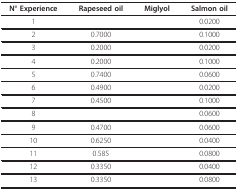
<table><thead><tr><td><b>N° Experience</b></td><td><b>Rapeseed oil</b></td><td><b>Miglyol</b></td><td><b>Salmon oil</b></td></tr></thead><tbody><tr><td>1</td><td>[EMPTY_CELL]</td><td>[EMPTY_CELL]</td><td>0.0200</td></tr><tr><td>2</td><td>0.7000</td><td>[EMPTY_CELL]</td><td>0.1000</td></tr><tr><td>3</td><td>0.2000</td><td>[EMPTY_CELL]</td><td>0.0200</td></tr><tr><td>4</td><td>0.2000</td><td>[EMPTY_CELL]</td><td>0.1000</td></tr><tr><td>5</td><td>0.7400</td><td>[EMPTY_CELL]</td><td>0.0600</td></tr><tr><td>6</td><td>0.4900</td><td>[EMPTY_CELL]</td><td>0.0200</td></tr><tr><td>7</td><td>0.4500</td><td>[EMPTY_CELL]</td><td>0.1000</td></tr><tr><td>8</td><td>[EMPTY_CELL]</td><td>[EMPTY_CELL]</td><td>0.0600</td></tr><tr><td>9</td><td>0.4700</td><td>[EMPTY_CELL]</td><td>0.0600</td></tr><tr><td>10</td><td>0.6250</td><td>[EMPTY_CELL]</td><td>0.0400</td></tr><tr><td>11</td><td>0.585</td><td>[EMPTY_CELL]</td><td>0.0800</td></tr><tr><td>12</td><td>0.3350</td><td>[EMPTY_CELL]</td><td>0.0400</td></tr><tr><td>13</td><td>0.3350</td><td>[EMPTY_CELL]</td><td>0.0800</td></tr></tbody></table>